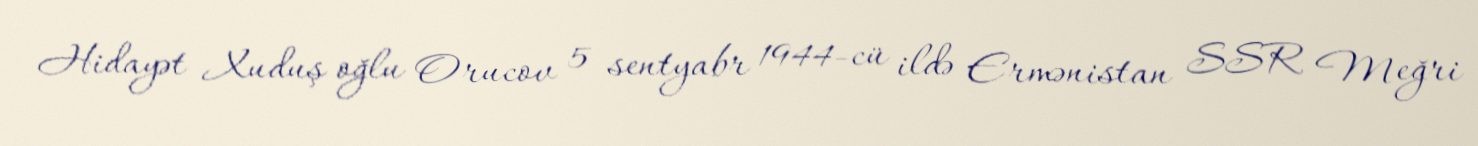
Hidayət Xuduş oğlu Orucov 5 sentyabr 1944-cü ildə Ermənistan SSR Meğri